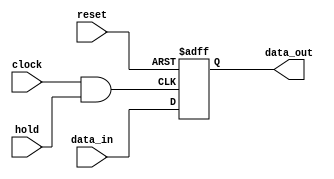
module register_async(data_in,hold,clock,reset,data_out);
input [3:0] data_in;
input hold;
input clock, reset;
wire clock_wire;
output reg [3:0] data_out;
assign clock_wire = clock & hold;
always @ (posedge clock_wire or negedge reset)
if (reset == 1'b0)
data_out <= 4'b0;
else
data_out <= data_in;
endmodule